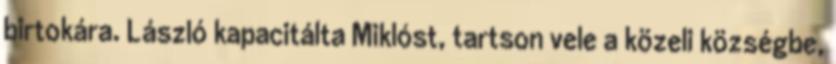
birtokára. László kapacitálta Miklóst, tartson vele a közeli községbe,